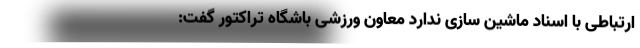
ارتباطی با اسناد ماشین سازی ندارد معاون ورزشی باشگاه تراکتور گفت: